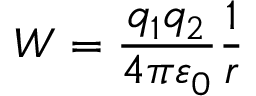
W = { \frac { q _ { 1 } q _ { 2 } } { 4 \pi \varepsilon _ { 0 } } } { \frac { 1 } { r } }